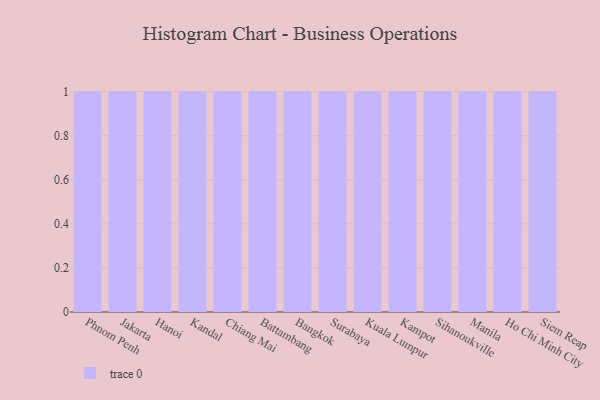
{"axis": {"x": "City", "y": "Customer Acquisition Cost (USD)"}, "legend": [""], "data": [{"x": "Phnom Penh", "y": 89, "type": ""}, {"x": "Jakarta", "y": 87, "type": ""}, {"x": "Hanoi", "y": 99, "type": ""}, {"x": "Kandal", "y": 92, "type": ""}, {"x": "Chiang Mai", "y": 53, "type": ""}, {"x": "Battambang", "y": 14, "type": ""}, {"x": "Bangkok", "y": 11, "type": ""}, {"x": "Surabaya", "y": 37, "type": ""}, {"x": "Kuala Lumpur", "y": 88, "type": ""}, {"x": "Kampot", "y": 7, "type": ""}, {"x": "Sihanoukville", "y": 85, "type": ""}, {"x": "Manila", "y": 41, "type": ""}, {"x": "Ho Chi Minh City", "y": 80, "type": ""}, {"x": "Siem Reap", "y": 14, "type": ""}]}